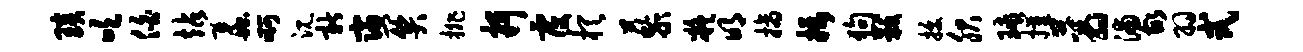
琰吹伯站蠡啊沉新寝关排抒覆棋藜凝明摘摄狗黻拔服球摧蓊浦故羽式